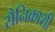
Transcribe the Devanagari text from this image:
सैनिकाशी